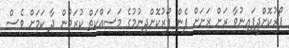
ފޯރުކޮށްދީފައިނުވާ ރަށް ރަށަށް ފެން ފޯރުކޮށްދިނުމުގެ މަސައްކަތް ކުރަމުން ދާ ކަމަށް ވެސް